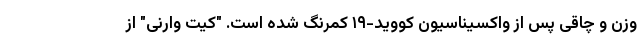
وزن و چاقی پس از واکسیناسیون کووید-۱۹ کمرنگ شده است. "کیت وارنی" از